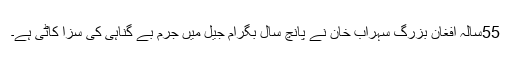
55سالہ افغان بزرگ سہراب خان نے پانچ سال بگرام جیل میں جرم بے گناہی کی سزا کاٹی ہے۔